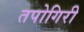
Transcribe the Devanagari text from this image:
तपोगिरी